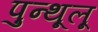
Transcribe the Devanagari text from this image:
पुन्थूलू